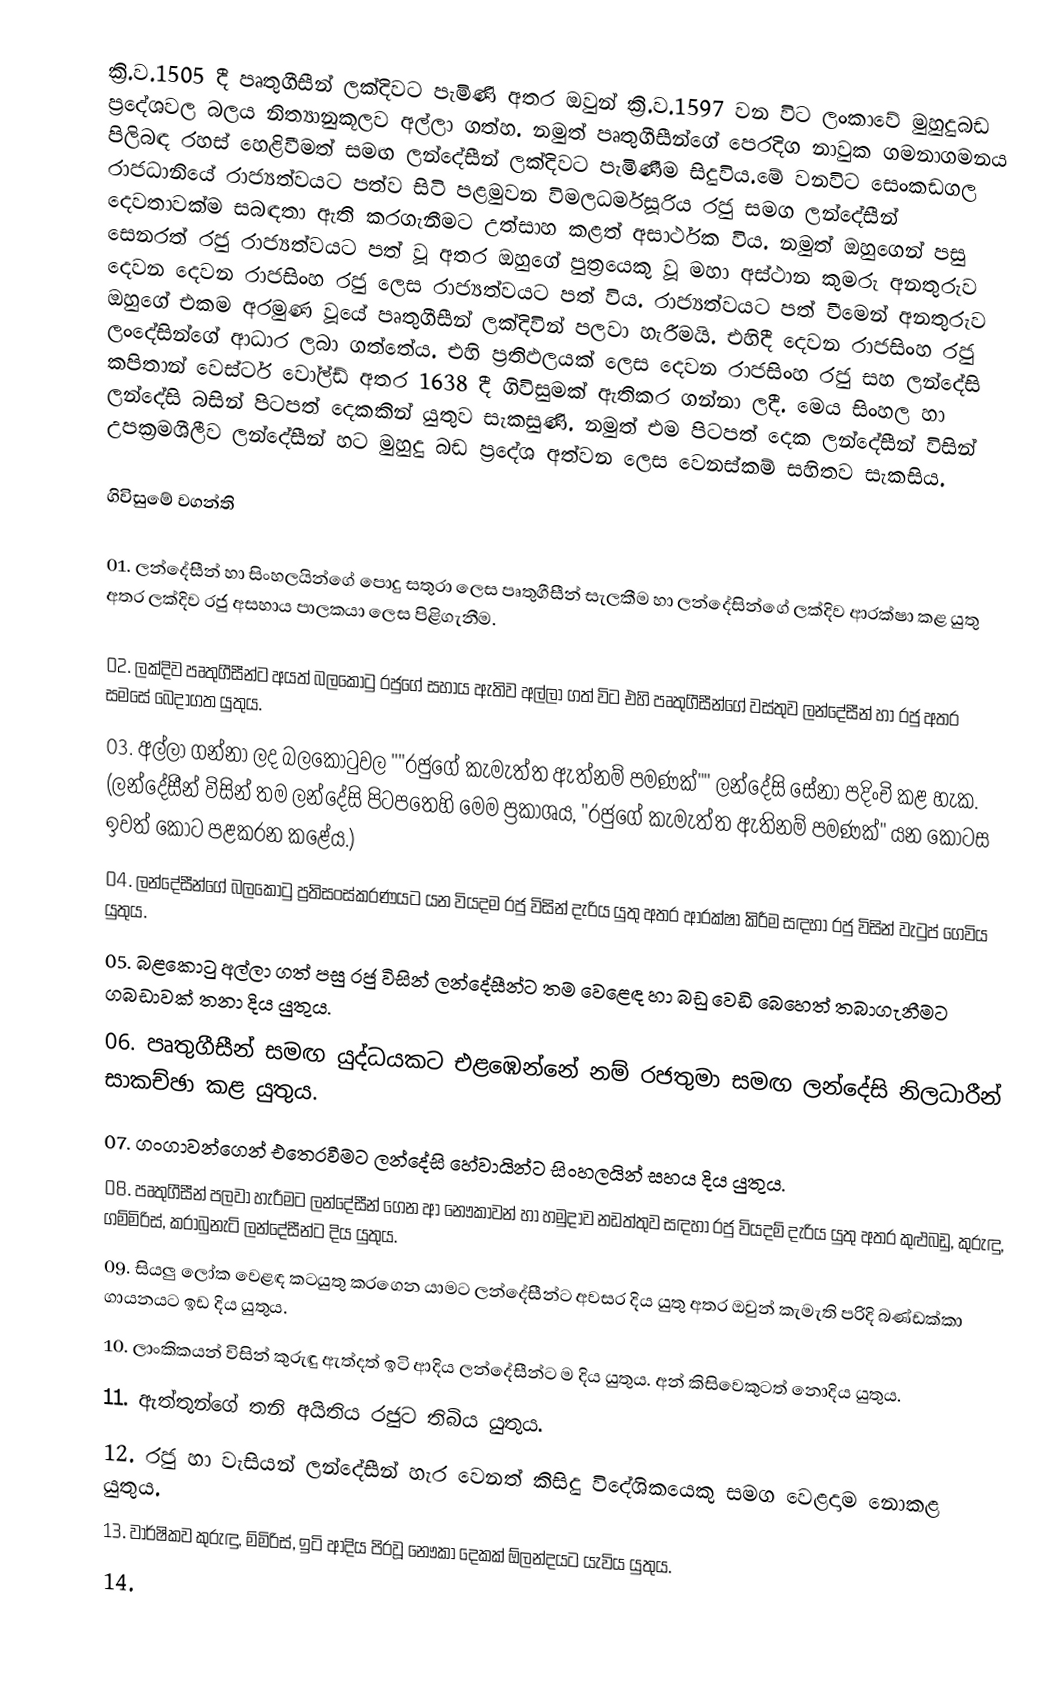
ක්‍රි.ව.1505 දී පෘතුගීසීන් ලක්දිවට පැමිණි අතර ඔවුන් ක්‍රි.ව.1597 වන විට ලංකාවේ මුහුදුබඩ ප්‍රදේශවල බලය නිත්‍යානුකූලව අල්ලා ගත්හ.  නමුත් පෘතුගීසීන්ගේ පෙරදිග නාවුක ගමනාගමනය පිලිබඳ රහස් හෙළිවීමත් සමඟ ලන්දේසීන් ලක්දිවට පැමිණීම සිදුවිය.මේ වනවිට සෙංකඩගල රාජධානියේ රාජ්‍යත්වයට පත්ව සිටි පළමුවන විමලධර්මසූරිය රජු සමග ලන්දේසීන් දෙවතාවක්ම සබඳතා ඇති කරගැනීමට උත්සාහ කළත් අසාර්ථක විය. නමුත් ඔහුගෙන් පසු සෙනරත් රජු රාජ්‍යත්වයට පත් වූ අතර ඔහුගේ පුත්‍රයෙකු වූ මහා අස්ථාන කුමරු අනතුරුව දෙවන දෙවන රාජසිංහ රජු ලෙස රාජ්‍යත්වයට පත් විය. රාජ්‍යත්වයට පත් වීමෙන් අනතුරුව ඔහුගේ එකම අරමුණ වූයේ පෘතුගීසීන් ලක්දිවින් පලවා හැරීමයි. එහිදී දෙවන රාජසිංහ රජු ලංදේසින්ගේ ආධාර ලබා ගත්තේය. එහි ප්‍රතිඵලයක් ලෙස දෙවන රාජසිංහ රජු සහ ලන්දේසි කපිතාන් වෙස්ටර් වෝල්ඩ් අතර 1638 දී ගිවිසුමක් ඇතිකර ගන්නා ලදී. මෙය සිංහල හා ලන්දේසි බසින් පිටපත් දෙකකින් යුතුව සැකසුණි. නමුත් එම පිටපත් දෙක ලන්දේසීන් විසින් උපක්‍රමශීලීව ලන්දේසීන් හට මුහුදු බඩ ප්‍රදේශ අත්වන ලෙස වෙනස්කම්  සහිතව සැකසිය.

ගිවිසුමේ වගන්ති

01. ලන්දේසීන් හා සිංහලයින්ගේ  පොදු සතුරා ලෙස පෘතුගීසීන් සැලකීම හා ලන්දේසින්ගේ ලක්දිව ආරක්ෂා කළ යුතු අතර ලක්දිව රජු අසහාය පාලකයා ලෙස පිළිගැනීම.

02. ලක්දිව පෘතුගීසීන්ට අයත් බලකොටු රජුගේ සහාය ඇතිව අල්ලා ගත් විට එහි පෘතුගීසීන්ගේ වස්තුව ලන්දේසීන් හා රජු අතර සමසේ බෙදාගත යුතුය.
03. අල්ලා ගන්නා ලද බලකොටුවල ""රජුගේ කැමැත්ත ඇත්නම් පමණක්"" ලන්දේසි සේනා පදිංචි කළ හැක.   (ලන්දේසීන් විසින් තම ලන්දේසි පිටපතෙහි මෙම ප්‍රකාශය, "රජුගේ කැමැත්ත ඇතිනම් පමණක්" යන කොටස ඉවත් කොට පළකරන කළේය.)
04. ලන්දේසීන්ගේ බලකොටු ප්‍රතිසංස්කරණයට යන වියදම රජු විසින් දැරිය යුතු අතර ආරක්ෂා කිරීම සඳහා රජු විසින් වැටුප් ගෙවිය යුතුය.
05. බළකොටු අල්ලා ගත් පසු රජු විසින් ලන්දේසීන්ට තම වෙළෙඳ හා බඩු වෙඩි බෙහෙත් තබාගැනීමට ගබඩාවක් තනා දිය යුතුය.
06. පෘතුගීසීන් සමඟ යුද්ධයකට එළඹෙන්නේ නම් රජතුමා සමඟ ලන්දේසි නිලධාරීන් සාකච්ඡා කළ යුතුය.
07. ගංගාවන්ගෙන් එතෙරවීමට ලන්දේසි හේවායින්ට සිංහලයින් සහය දිය යුතුය.
08. පෘතුගීසීන් පලවා හැරීමට ලන්දේසීන් ගෙන ආ නෞකාවන් හා හමුදාව නඩත්තුව සඳහා රජු වියදම් දැරිය යුතු අතර කුළුබඩු, කුරුඳු, ගම්මිරිස්, කරාබුනැටි ලන්දේසීන්ට දිය යුතුය.
09. සියලු ලෝක වෙළඳ කටයුතු කරගෙන යාමට ලන්දේසීන්ට අවසර දිය යුතු අතර ඔවුන් කැමැති පරිදි බණ්ඩක්කා ගායනයට ඉඩ දිය යුතුය.
10. ලාංකිකයන් විසින් කුරුඳු ඇත්දත් ඉටි ආදිය ලන්දේසීන්ට ම දිය යුතුය. අන් කිසිවෙකුටත් නොදිය යුතුය.
11. ඇත්තුන්ගේ තනි අයිතිය රජුට තිබිය යුතුය.
12. රජු හා වැසියන් ලන්දේසීන් හැර වෙනත් කිසිදු විදේශිකයෙකු සමග වෙළදාම නොකළ යුතුය.
13. වාර්ෂිකව කුරුඳු, ම්මිරිස්, ඉටි ආදිය පිරවූ නෞකා දෙකක් ඕලන්දයට යැවිය යුතුය.
14.